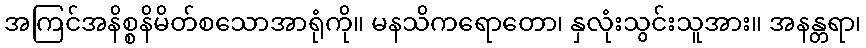
အကြင်အနိစ္စနိမိတ်စသောအာရုံကို။ မနသိကရောတော၊ နှလုံးသွင်းသူအား။ အနန္တရာ၊